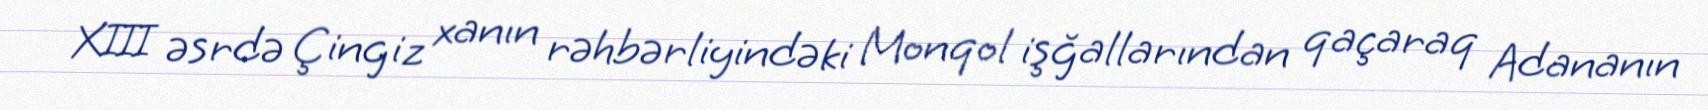
XIII əsrdə Çingiz xanın rəhbərliyindəki Monqol işğallarından qaçaraq Adananın